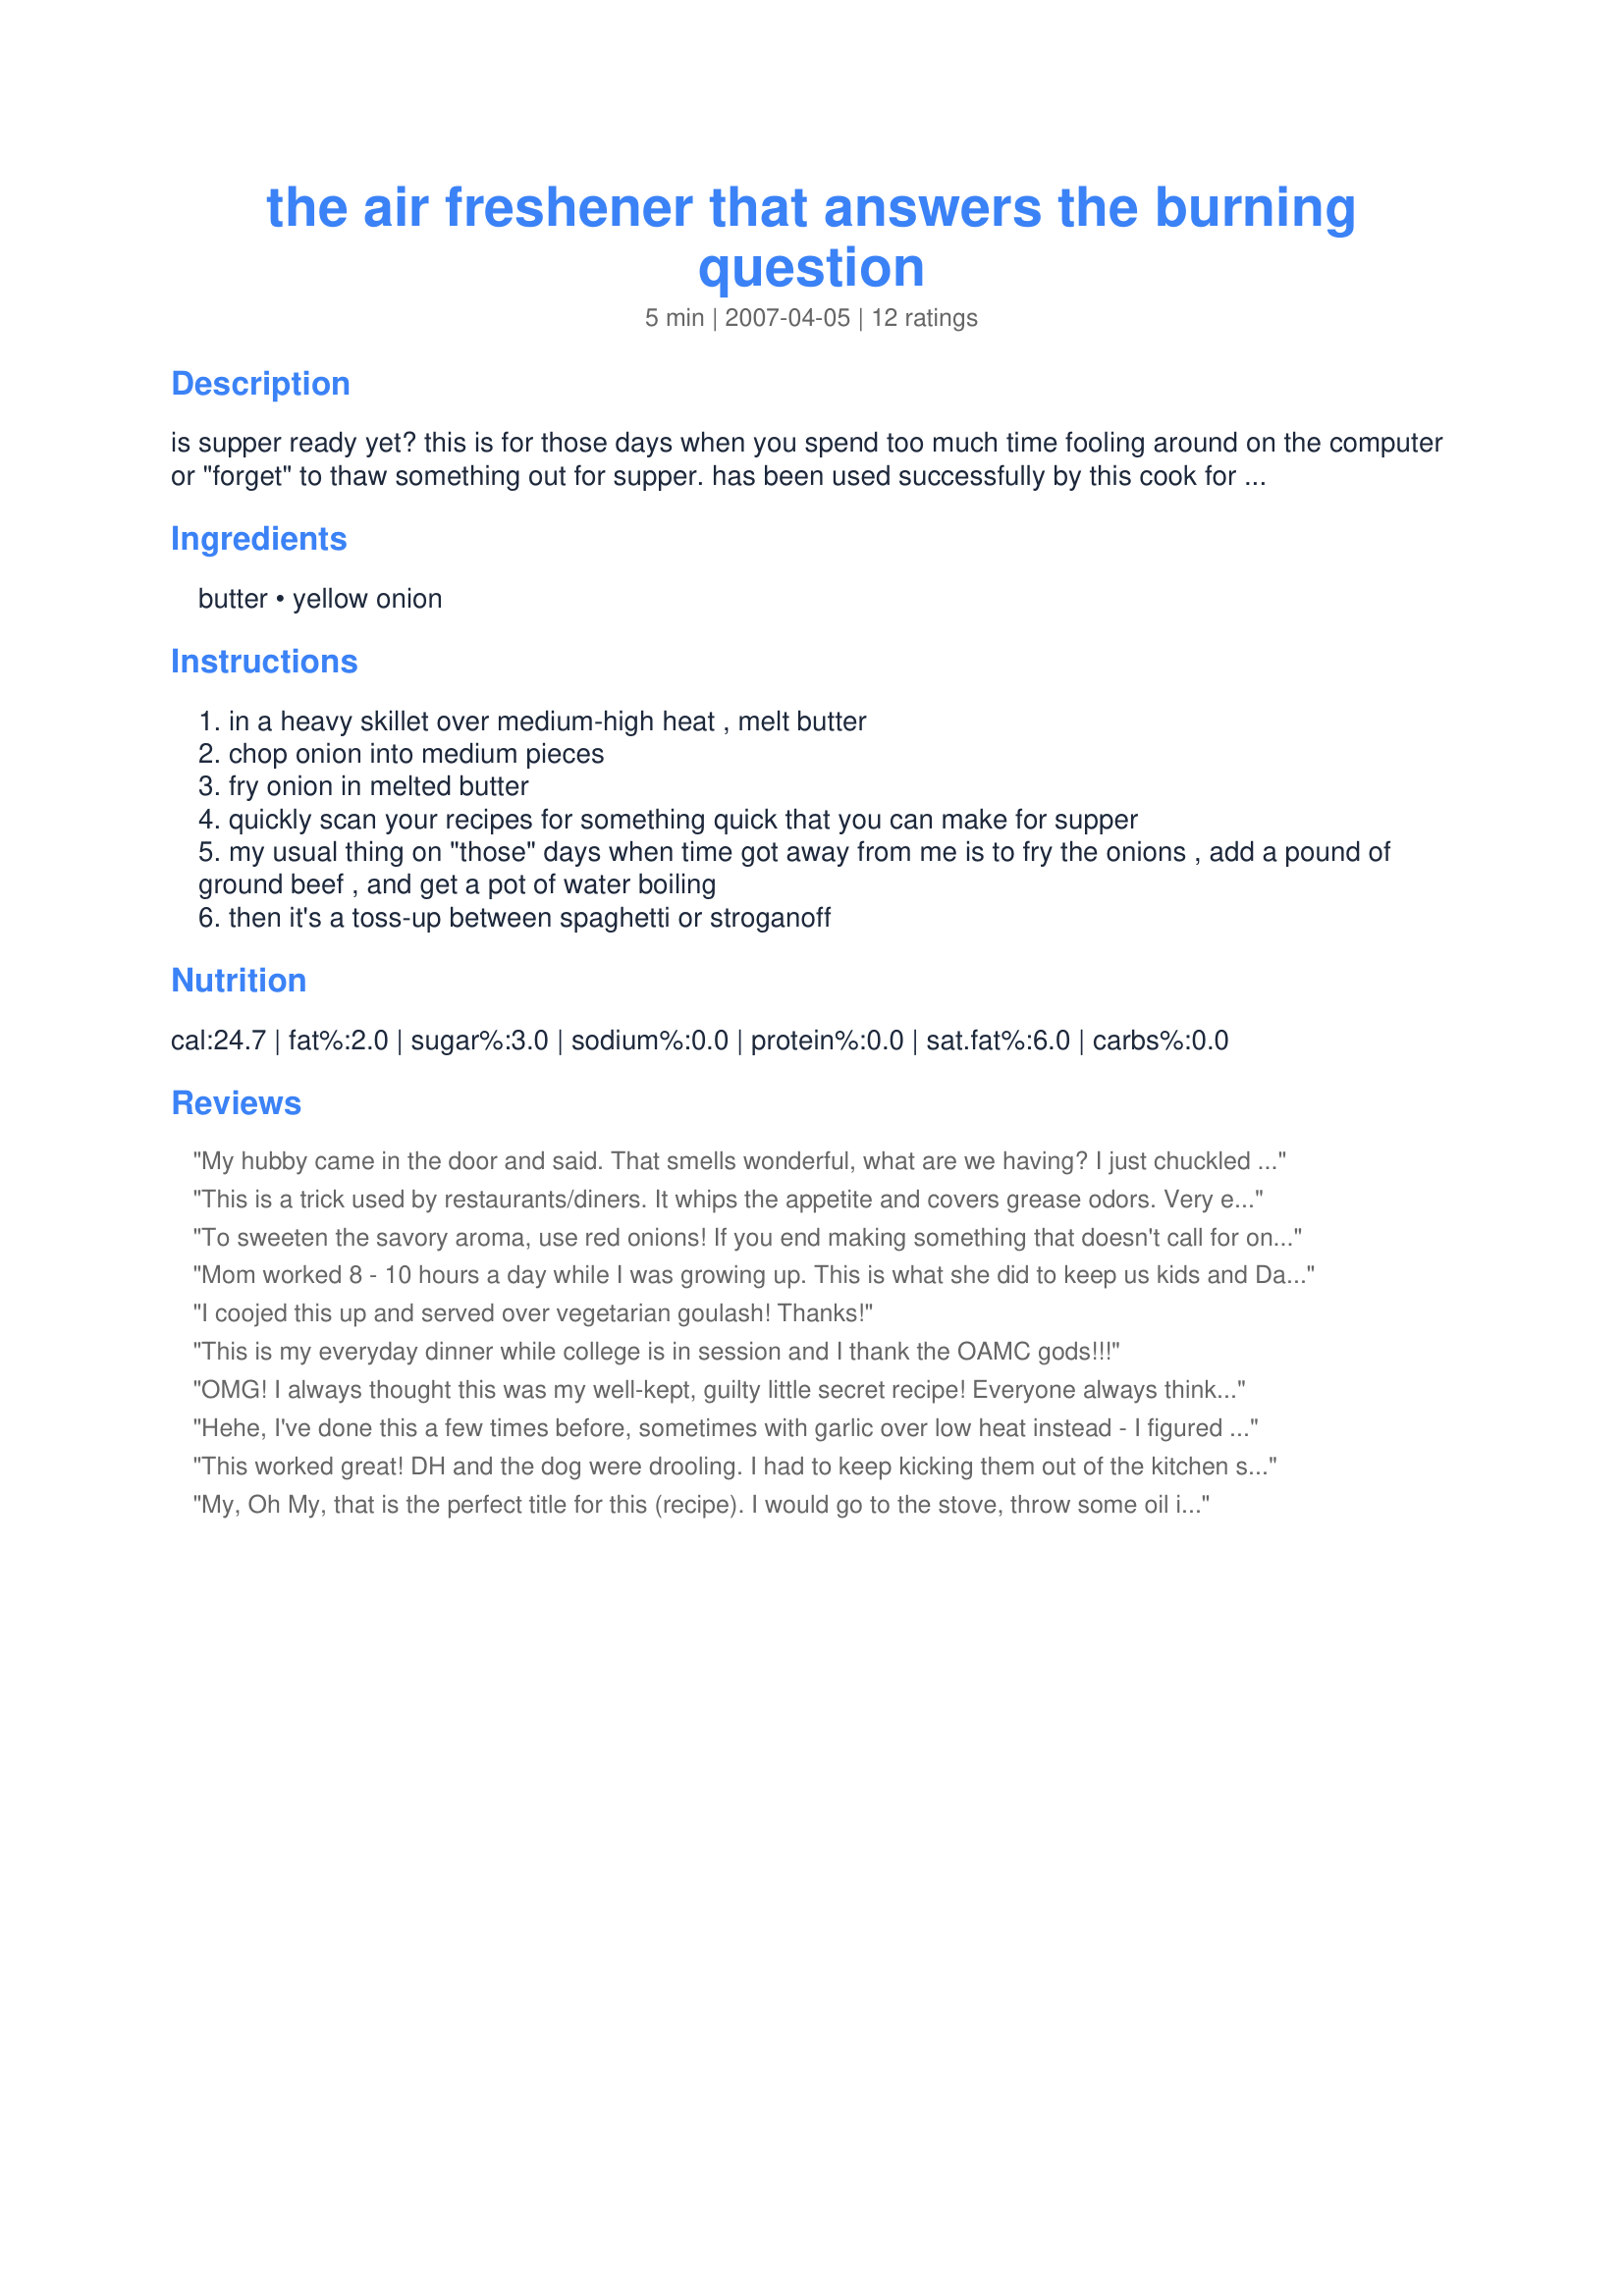
the air freshener that answers the burning question
Preparation time: 5 minutes

is supper ready yet? this is for those days when you spend too much time fooling around on the computer or "forget" to thaw something out for supper. has been used successfully by this cook for nearly 3 decades

Ingredients:
butter, yellow onion

Steps:
in a heavy skillet over medium-high heat , melt butter
chop onion into medium pieces
fry onion in melted butter
quickly scan your recipes for something quick that you can make for supper
my usual thing on "those" days when time got away from me is to fry the onions , add a pound of ground beef , and get a pot of water boiling
then it's a toss-up between spaghetti or stroganoff

Reviews:
My hubby came in the door and said. That smells wonderful, what are we having? I just chuckled and said food :D.
This is a trick used by restaurants/diners. It whips the appetite and covers grease odors. Very effective!
To sweeten the savory aroma, use red onions! If you end making something that doesn't call for onions, either add them anyway, caramelize them and serve the as a side dish, or save them for another meal.
Mom worked 8 - 10 hours a day while I was growing up. This is what she did to keep us kids and Dad at bay. Except she would fry up some bacon and then the onions. As she waited for the TV dinners to warm. She would add a couple of frozen vegetables and sprinkle the onions and bacon bits over. The TV dinners where served up on plates never in the tins. I don't think it really fooled Dad, but he never complained.
I coojed this up and served over vegetarian goulash! Thanks!
This is my everyday dinner while college is in session and I thank the OAMC gods!!!
OMG! I always thought this was my well-kept, guilty little secret recipe! Everyone always thinks that I work my poor little fingers to the bone cooking for them (what they don't know won't hurt them)! * NOTE = It also helps to let a few tears well up from the onion chopping. That fools them every time! LOL! Thanks Debber for spilling our "secret" recipe.
Hehe, I've done this a few times before, sometimes with garlic over low heat instead - I figured I could always add the onion/garlic to whatever I decided on afterwards. ^_^
This worked great! DH and the dog were drooling. I had to keep kicking them out of the kitchen so I could think of what the rest of dinner would be.
My, Oh My, that is the perfect title for this (recipe). I would go to the stove, throw some oil in the frypan and slice onions before taking off my coat, slowly saute them until I found what i was going to cook from leftovers, freezer or pantry and of course my recipes and it pacified by family. 
I think I was born in the wrong generation, my husband wouldn't step foot in the kitchen except to cook pancakes, eggs and fried fish. That is the extent of his cooking and so this recipe is a real winner! You can add to the cooked onions with meat and vegies or mix them in with mashed potatoes or make a gravy from this basic recipe. Debber, thanks for posting, I know this will help harried tired cooks after working 60 hour weeks and new cooks.
BRILLIANT! That's another hour for Zaar a day! ; )
This is great! I'll have to try this next time I'm running late in the kitchen. You are obviously an experienced cook and I need to learn lots form you! =:)
